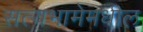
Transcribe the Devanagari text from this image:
सत्यभामेमधील